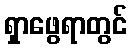
ရှာဖွေရာတွင်